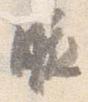
腋